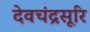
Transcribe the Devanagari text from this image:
देवचंद्रसूरि